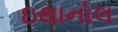
ઇથાનોલ